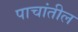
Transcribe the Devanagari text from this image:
पाचांतील